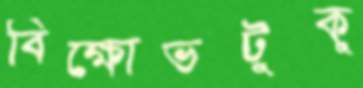
বিক্ষোভটুকু